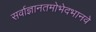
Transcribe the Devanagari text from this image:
सर्वाज्ञानतमोभेदभानवे